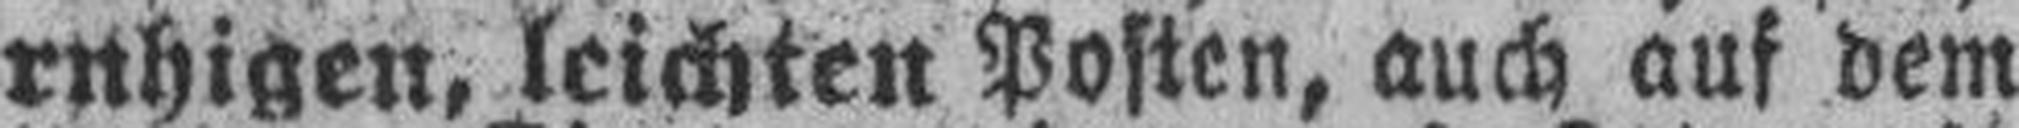
ruhigen, leichten Posten, auch auf dem